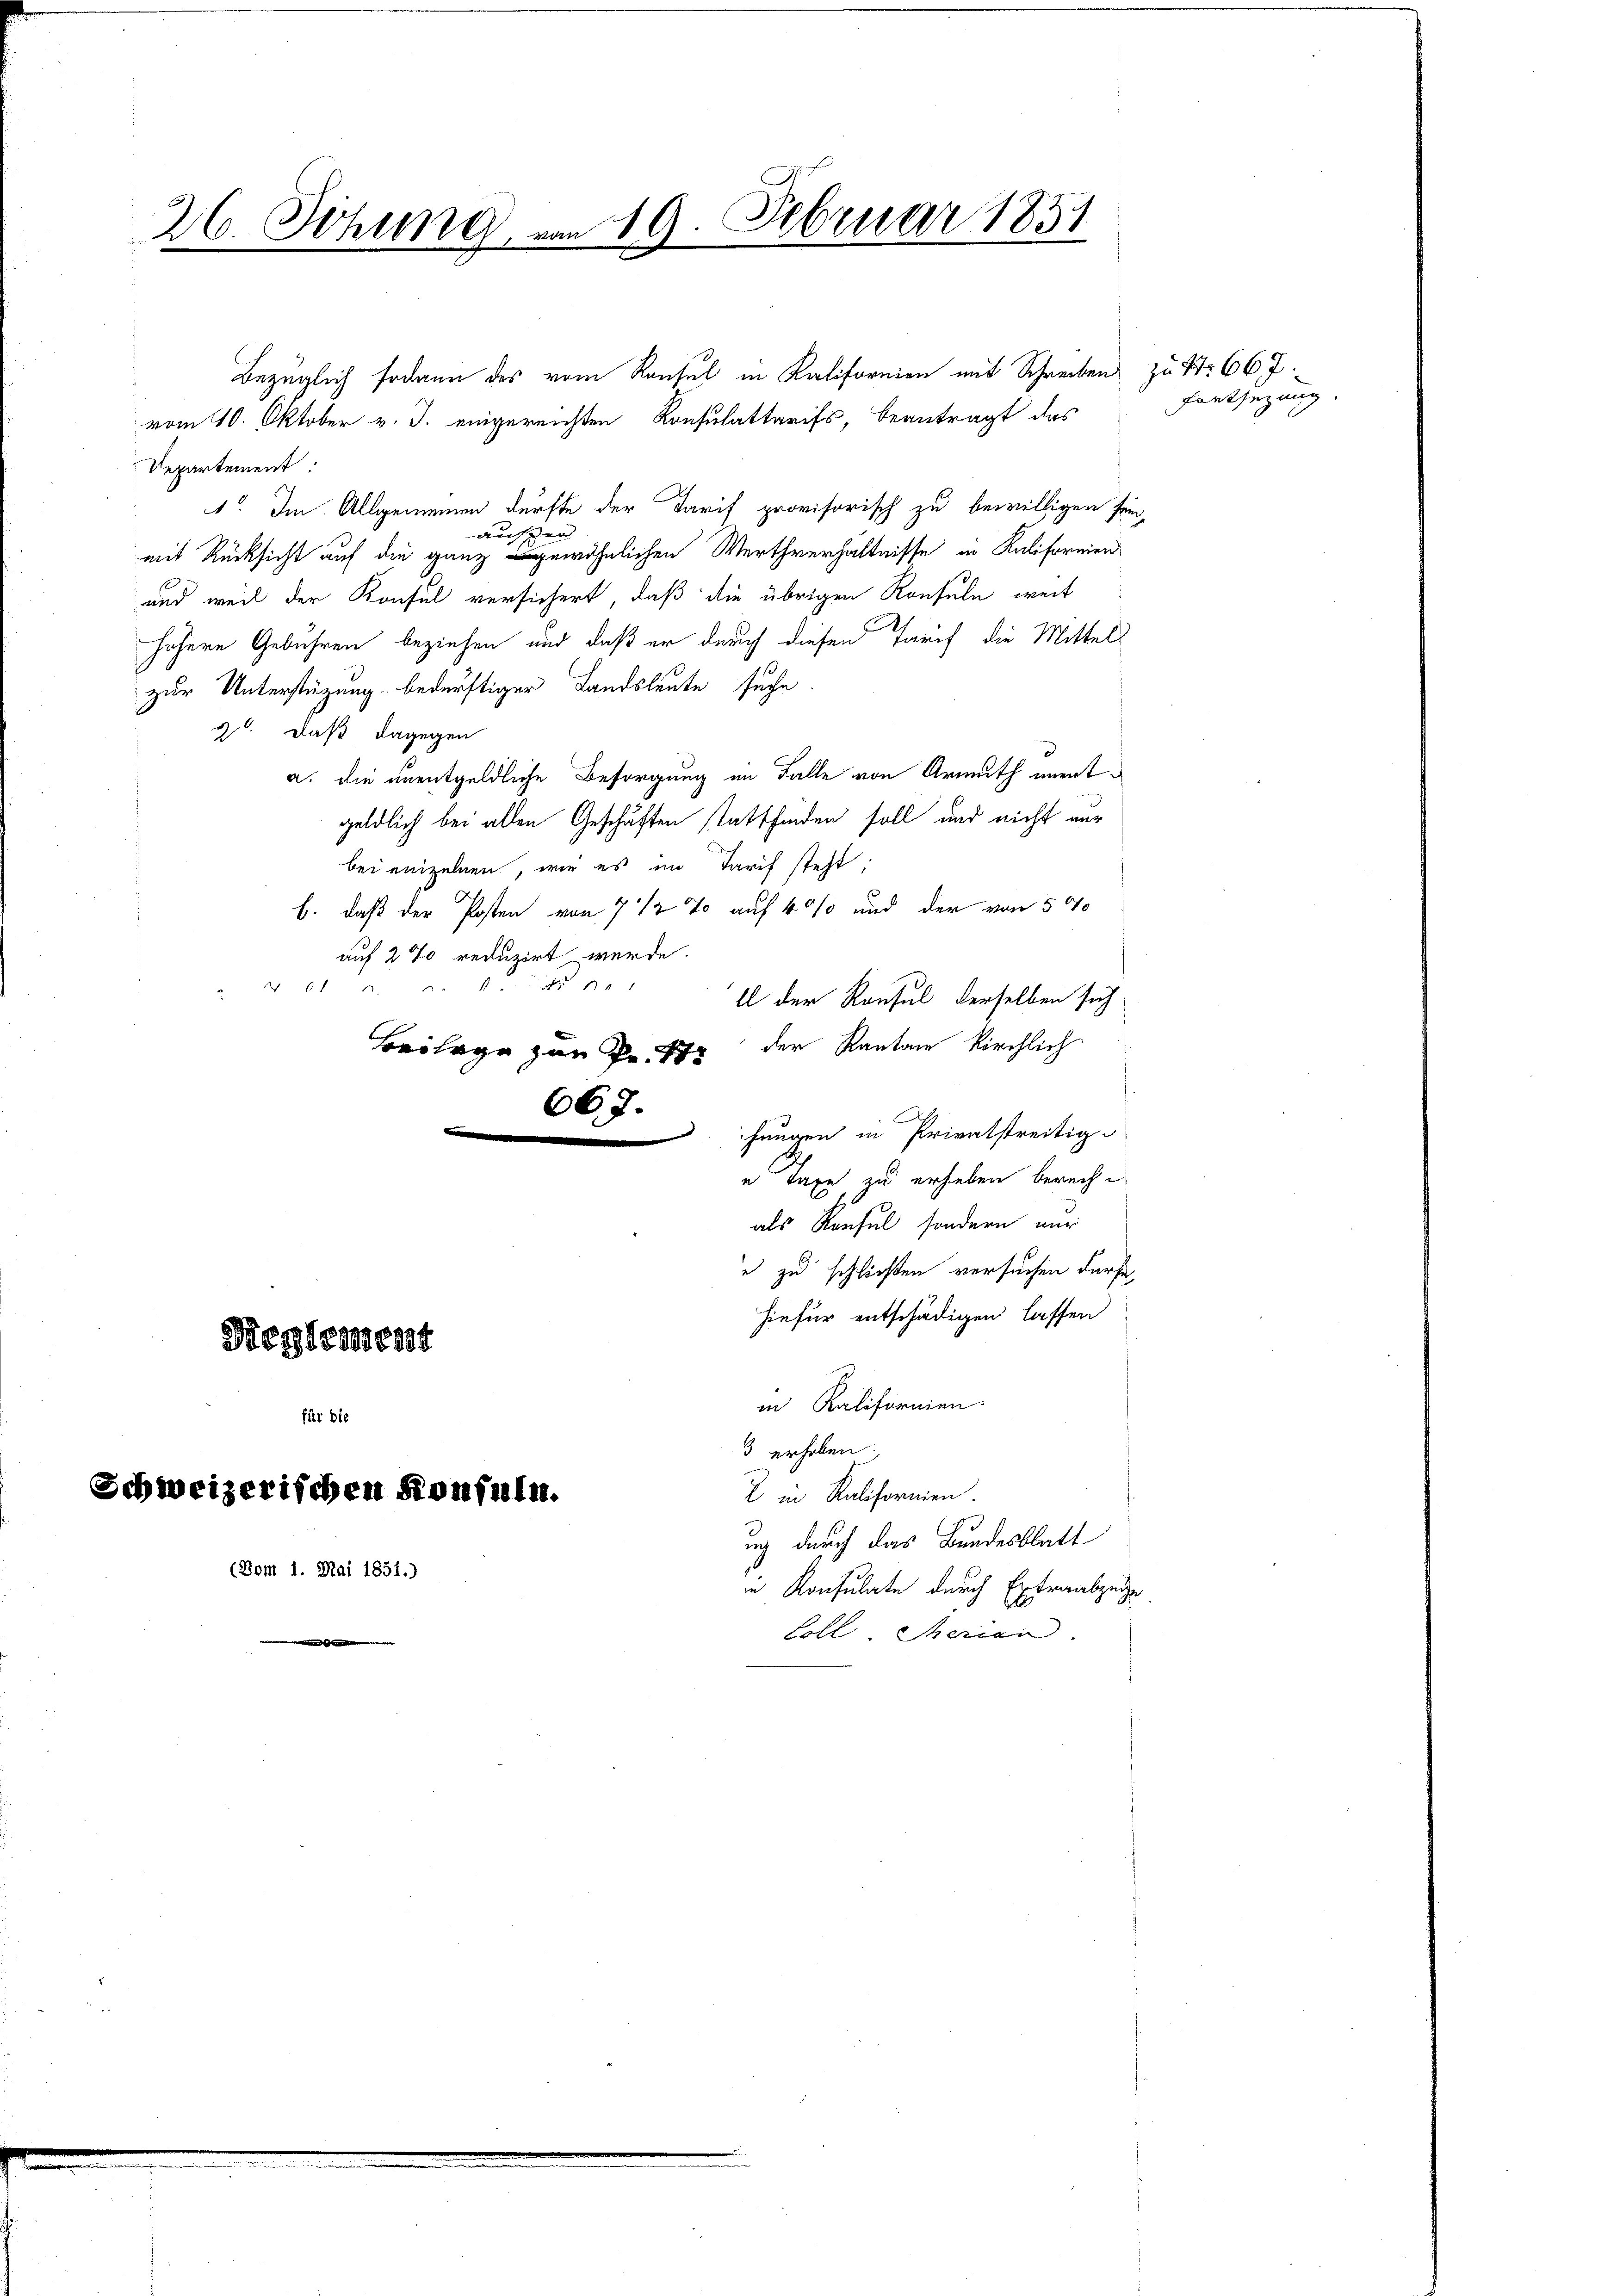
26 Sitzung, vom 19. Februar 1851
E

vom 10. Oktober v. J. eingereichten Konsulattarifs, beantragt das
Departement
1. Im Allgemeinen dürfte der Tarif provisorisch zu bewilligen sein,
aufzer
mit Rücksicht auf die ganz gewöhnlichen Werthverhältnisse in Kaliformen¬
und weil der Konsul versichert, daß die übrigen Konsuln, weit
höhere Gebühren beziehen und daß er durch diesen Tarif die Mittel
zur Unterstüzung bedürftiger Landsleute suche
2. daß dagegen
a. die unentgeldliche Besorgung im Falle von Armuth unent
geldlich bei allen Geschäften stattfinden soll und nicht aus
bei einzelnen, wie es im Tarif steht;
b. daß der Posten von 7 1/2 % auf 40% und der von 500
auf 27 reduzirt werde.
 61 u. a. f. 151
ll der Konsul derselben sich
der Kantone kirchlich
Beilage zur Pr. 175
667.
t
.
ihungen in Privatstreitig-
e Taxe zu erheben bereche
als Konsul sondern nur
e zu schließen versuchen dürfe,
hiefür entschädigen lassen
Reglement
in Kalifornien.
für die
3 erhoben.
Schweizerischen Konfuln.
2 in Ralifornien.
uch durch das Bundesblatt
(Vom 1. Mai 1851.)
in Konsulate durch Extraabzüge
Coll. Iherian.
|

Bezüglich sodann das vom Rausel in Kalifornien mit Schreiben zu Nr 667.

Fentsezung.